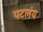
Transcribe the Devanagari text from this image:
पटलंय